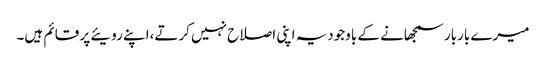
میرے باربار سمجھانے کے باوجودیہ اپنی اصلاح نہیں کرتے،اپنے رویئے پر قائم ہیں۔